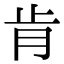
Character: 肯